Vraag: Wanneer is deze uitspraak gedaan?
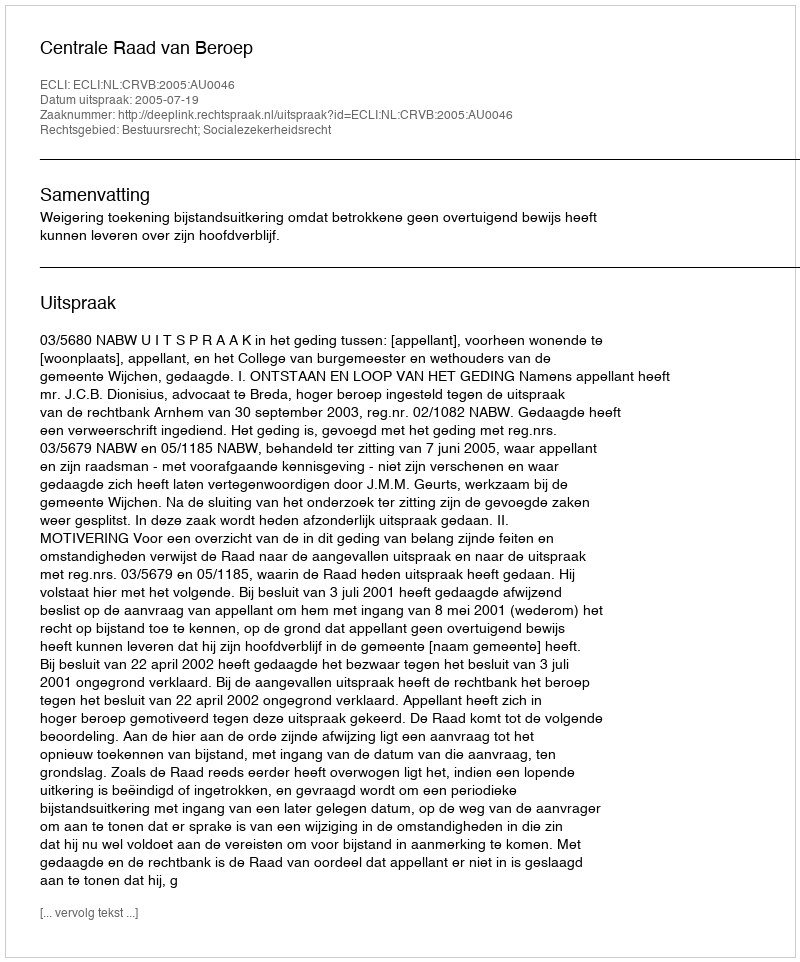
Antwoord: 2005-07-19